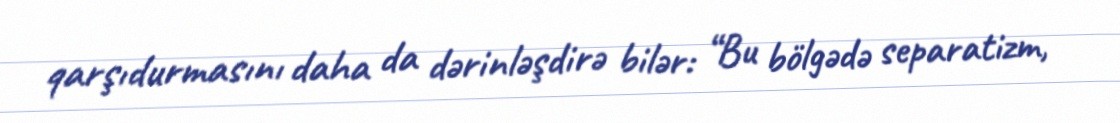
qarşıdurmasını daha da dərinləşdirə bilər: “Bu bölgədə separatizm,